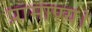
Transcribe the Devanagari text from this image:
प्रामाण्य।